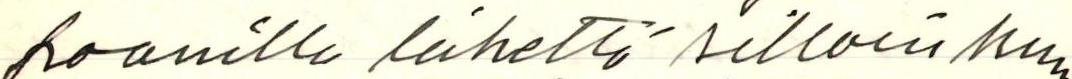
foonilla lähettö silloin kun